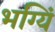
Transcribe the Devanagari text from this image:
भग्यिं